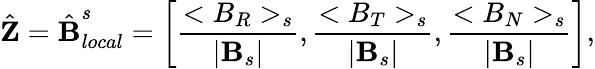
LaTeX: \hat{\textbf{Z}}=\hat{\textbf{B}}_{local}^{s}=\bigg[\frac{<B_{R}>_{s}}{|\mathbf{B}_{s}|},\frac{<B_{T}>_{s}}{|\mathbf{B}_{s}|},\frac{<B_{N}>_{s}}{|\mathbf{B}_{s}|}\bigg],